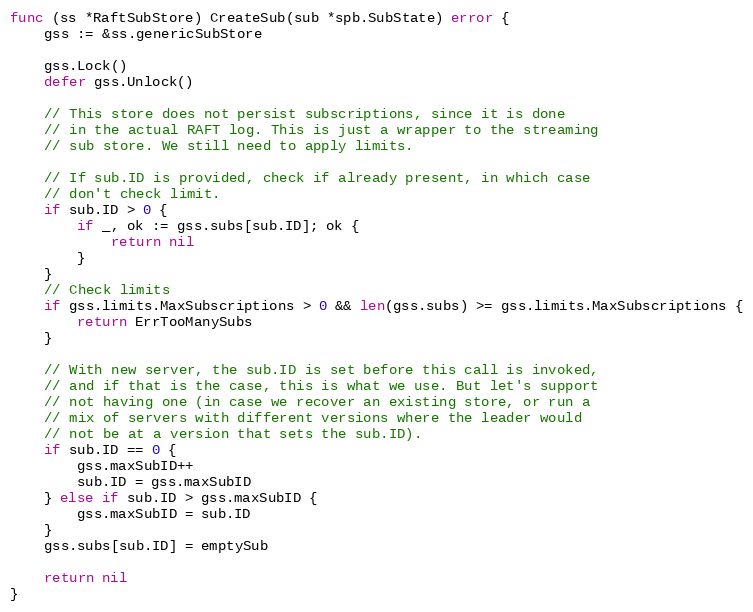
Language: Go
func (ss *RaftSubStore) CreateSub(sub *spb.SubState) error {
	gss := &ss.genericSubStore

	gss.Lock()
	defer gss.Unlock()

	// This store does not persist subscriptions, since it is done
	// in the actual RAFT log. This is just a wrapper to the streaming
	// sub store. We still need to apply limits.

	// If sub.ID is provided, check if already present, in which case
	// don't check limit.
	if sub.ID > 0 {
		if _, ok := gss.subs[sub.ID]; ok {
			return nil
		}
	}
	// Check limits
	if gss.limits.MaxSubscriptions > 0 && len(gss.subs) >= gss.limits.MaxSubscriptions {
		return ErrTooManySubs
	}

	// With new server, the sub.ID is set before this call is invoked,
	// and if that is the case, this is what we use. But let's support
	// not having one (in case we recover an existing store, or run a
	// mix of servers with different versions where the leader would
	// not be at a version that sets the sub.ID).
	if sub.ID == 0 {
		gss.maxSubID++
		sub.ID = gss.maxSubID
	} else if sub.ID > gss.maxSubID {
		gss.maxSubID = sub.ID
	}
	gss.subs[sub.ID] = emptySub

	return nil
}